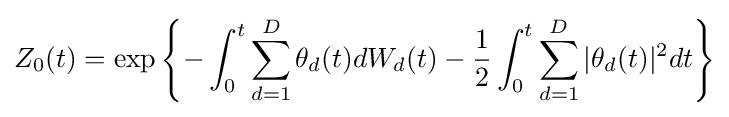
Z_{0}(t)=\exp \left\{-\int _{0}^{t}\sum _{d=1}^{D}\theta _{d}(t)dW_{d}(t)-{\frac {1}{2}}\int _{0}^{t}\sum _{d=1}^{D}|\theta _{d}(t)|^{2}dt\right\}